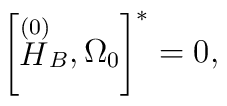
\left[ \stackrel{\left( 0\right) }{H}_{B},\Omega _{0}\right] ^{*}=0,